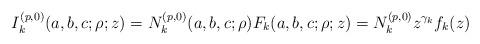
LaTeX: \begin{align*}I_{k}^{(p , 0)}(a,b,c;\rho;z) = N_{k}^{(p ,0)}(a,b,c;\rho)F_{k}(a,b,c;\rho;z) = N_{k}^{(p , 0)} z^{\gamma_{k}} f_{k}(z)\end{align*}